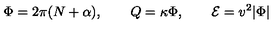
\Phi = 2 \pi ( N + \alpha ) , \qquad Q = \kappa \Phi , \qquad { \cal E } = v ^ { 2 } | \Phi |